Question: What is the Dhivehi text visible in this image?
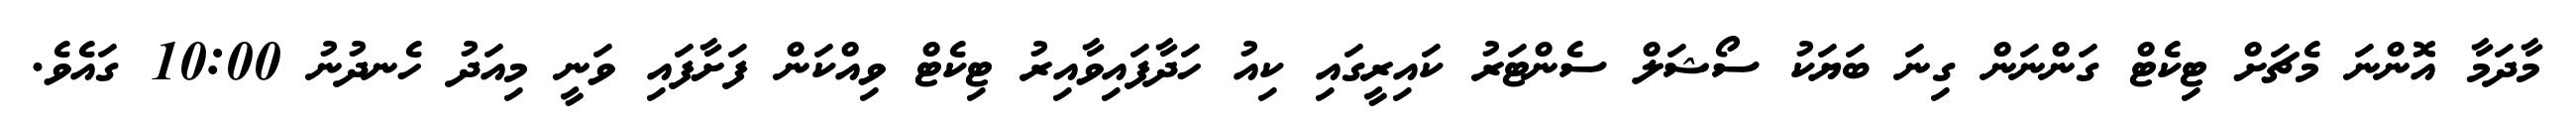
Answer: މާދަމާ އޮންނަ މެޗަށް ޓިކެޓް ގަންނަން ގިނަ ބަޔަކު ސޯޝަލް ސެންޓަރު ކައިރީގައި ކިއު ހަދާފައިވާއިރު ޓިކެޓް ވިއްކަން ފަށާފައި ވަނީ މިއަދު ހެނދުނު 10:00 ގައެވެ.